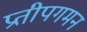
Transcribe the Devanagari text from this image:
प्रतीपगमन